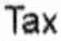
TAX